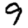
Digit: 9